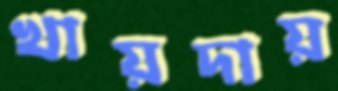
খায়দায়